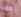
فقط